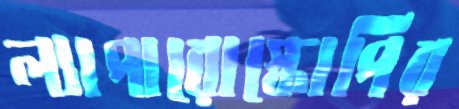
ল্যাপারোস্কোপির